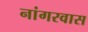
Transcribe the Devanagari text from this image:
नांगरवास